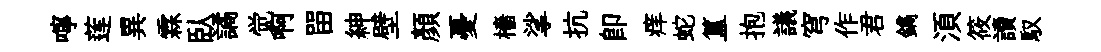
嚀莲異霖臥譎觉啊㽞紳壁顏憂檣挲抗卽痒蛇簋抱議穹作君鐫湏筱讀馭